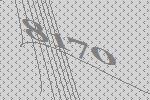
8170